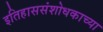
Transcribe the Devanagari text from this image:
इतिहाससंशोधकाच्या